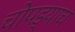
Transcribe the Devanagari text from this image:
चोपड्याच